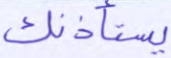
يستأذنك